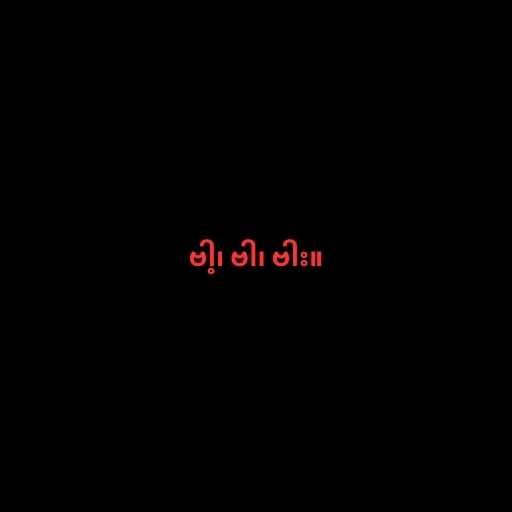
ဗါ့၊ ဗါ၊ ဗါး။